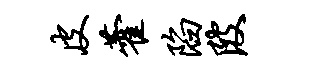
皮藿陷陂